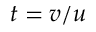
t = v / u